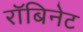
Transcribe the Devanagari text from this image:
रॉबिनेट